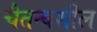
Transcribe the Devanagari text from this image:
चैतन्यशील